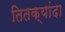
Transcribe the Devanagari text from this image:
तितक्यांदा